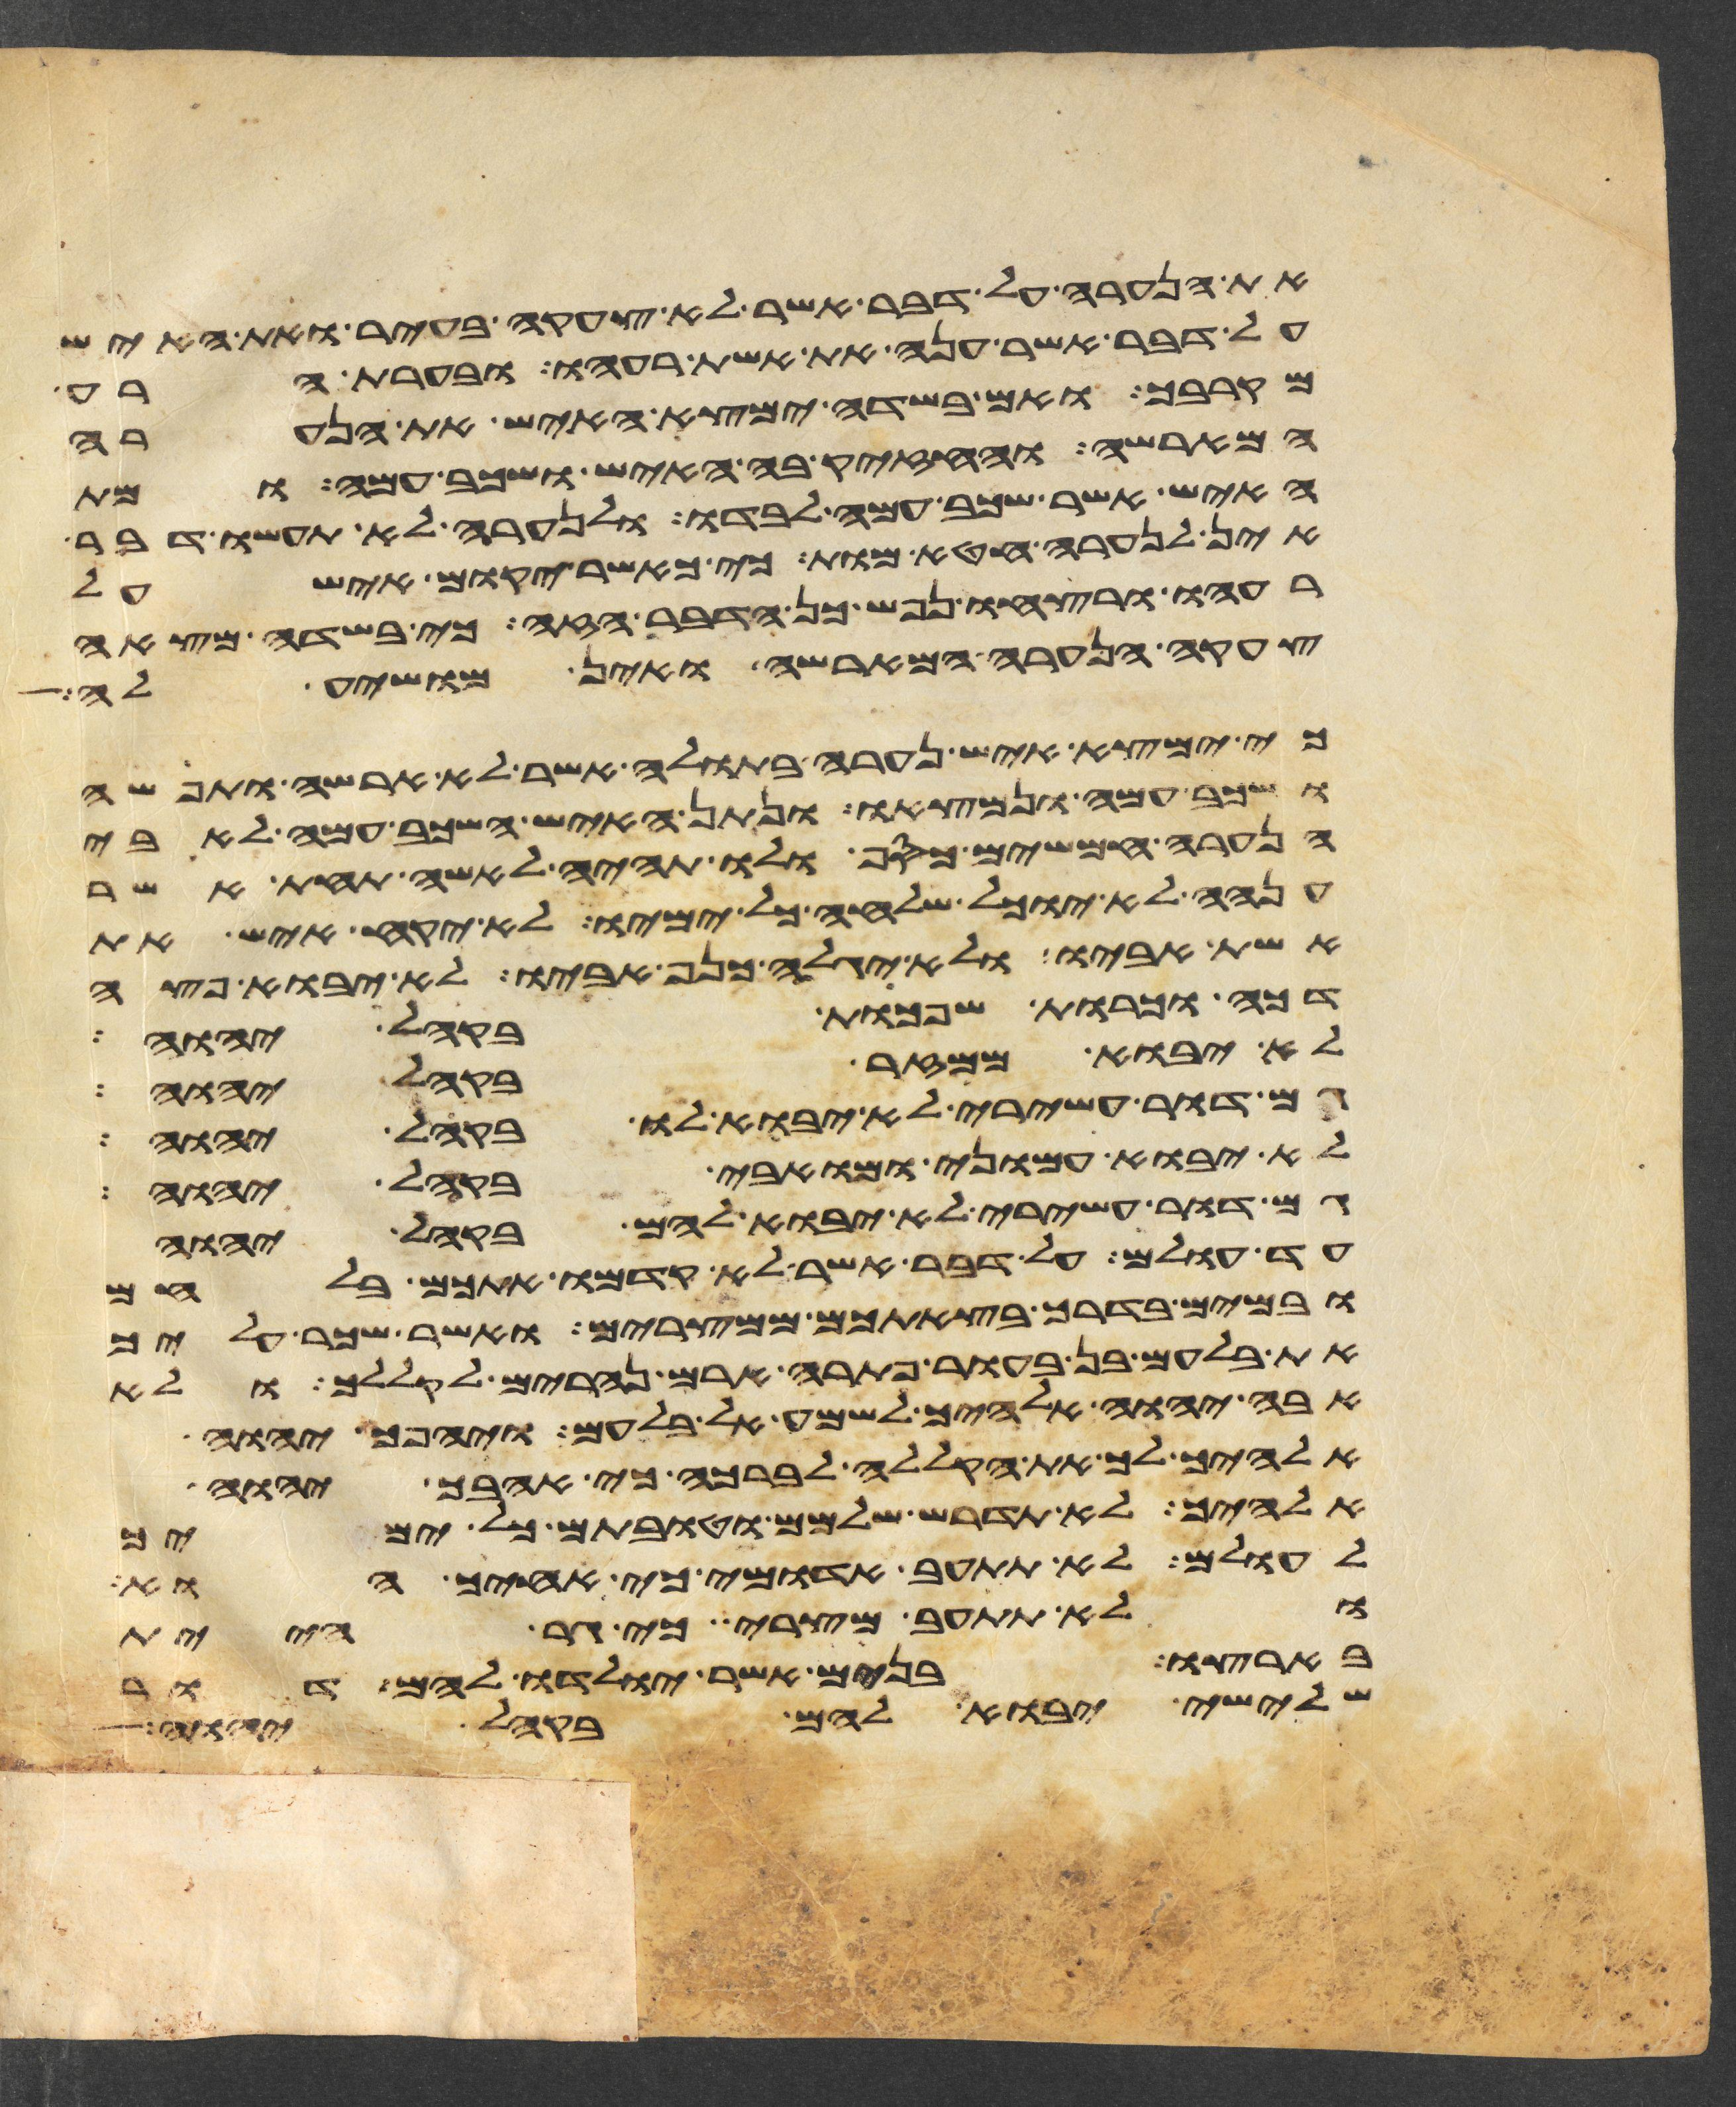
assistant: את הנערה על דבר אשר לא צעקה בעיר ואת האיש
על דבר אשר ענה את אשת רעהו ובערת הרע
מקרבך ואם בשדה ימצא האיש את הנערה
המארשה והחזיק בה האיש ושכב עמה ומת
האיש אשר שכב עמה לבדו ולנערה לא תעשו דבר
אין לנערה חטא מות כי כאשר יקום איש על
רעהו ורצחו נפש כן הדבר הזה כי בשדה מצאה
צעקה הנערה המארשה ואין מושיע לה
כי ימצא איש נערה בתולה אשר לא ארשה ותפשה
ושכב עמה ונמצאו ונתן האיש השכב עמה לאבי
הנערה חמשים כסף ולו תהיה לאשה תחת אשר
ענה לא יוכל שלחה כל ימיו לא יקח איש את
אשת אביו ולא יגלה כנף אביו לא יבוא פצע
דכה וכרות שפכת בקהל יהוה
לא יבוא ממזר בקהל יהוה
גם דור עשירי לא יבוא לו בקהל יהוה
לא יבוא עמוני ומואבי בקהל יהוה
גם דור עשירי לא יבוא להם בקהל יהוה
עד עולם על דבר אשר לא קדמו אתכם בלחם
ובמים בדרך בצאתכם ממצרים ואשר שכר עליך
את בלעם בן בעור פתרה ארם נהרים לקללך ולא
אבה יהוה אלהיך לשמע אל בלעם ויהפך יהוה
אלהיך לך את הקללה לברכה כי אהבך יהוה
אלהיך לא תדרש שלמם וטובתם כל ימיך
לעלם לא תתעב אדומי כי אחיך הוא
ולא תתעב מצרי כי גר היית
בארצו בנים אשר יולדו להם דור
שלישי יבוא להם בקהל יהוה